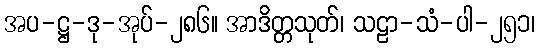
အပ-ဋ္ဌ-ဒု-အုပ်-၂၈၆။ အာဒိတ္တသုတ်၊ သဠာ-သံ-ပါ-၂၅၁၊